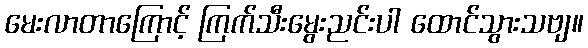
မေးလာတာကြောင့် ကြက်သီးမွေးညင်းပါ ထောင်သွားသဗျ။